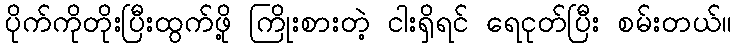
ပိုက်ကိုတိုးပြီးထွက်ဖို့ ကြိုးစားတဲ့ ငါးရှိရင် ရေငုတ်ပြီး စမ်းတယ်။